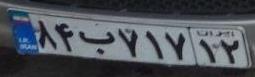
۸۴ب۷۱۷۱۲